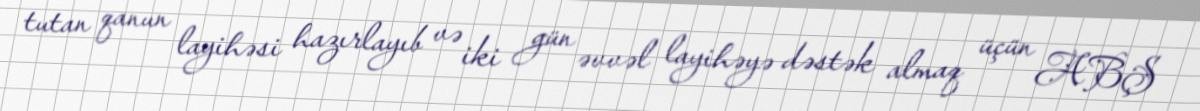
tutan qanun layihəsi hazırlayıb və iki gün əvvəl layihəyə dəstək almaq üçün ABŞ